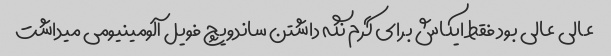
عالی عالی بود فقط ایکاش برای گرم نگه داشتن ساندویچ فویل آلومینیومی میداشت